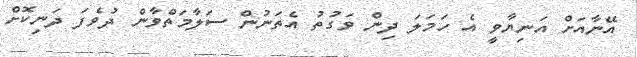
އޭނާއަށް އަނިޔާވީ އެ ހަމަލަ ދިން ވަގުތު އެތަނުން ސަލާމަތްވާން ދުވެފަ ދަނިކޮށް